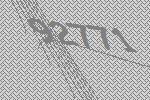
92771